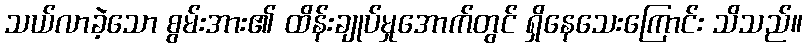
သယ်လာခဲ့သော စွမ်းအား၏ ထိန်းချုပ်မှုအောက်တွင် ရှိနေသေးကြောင်း သိသည်။